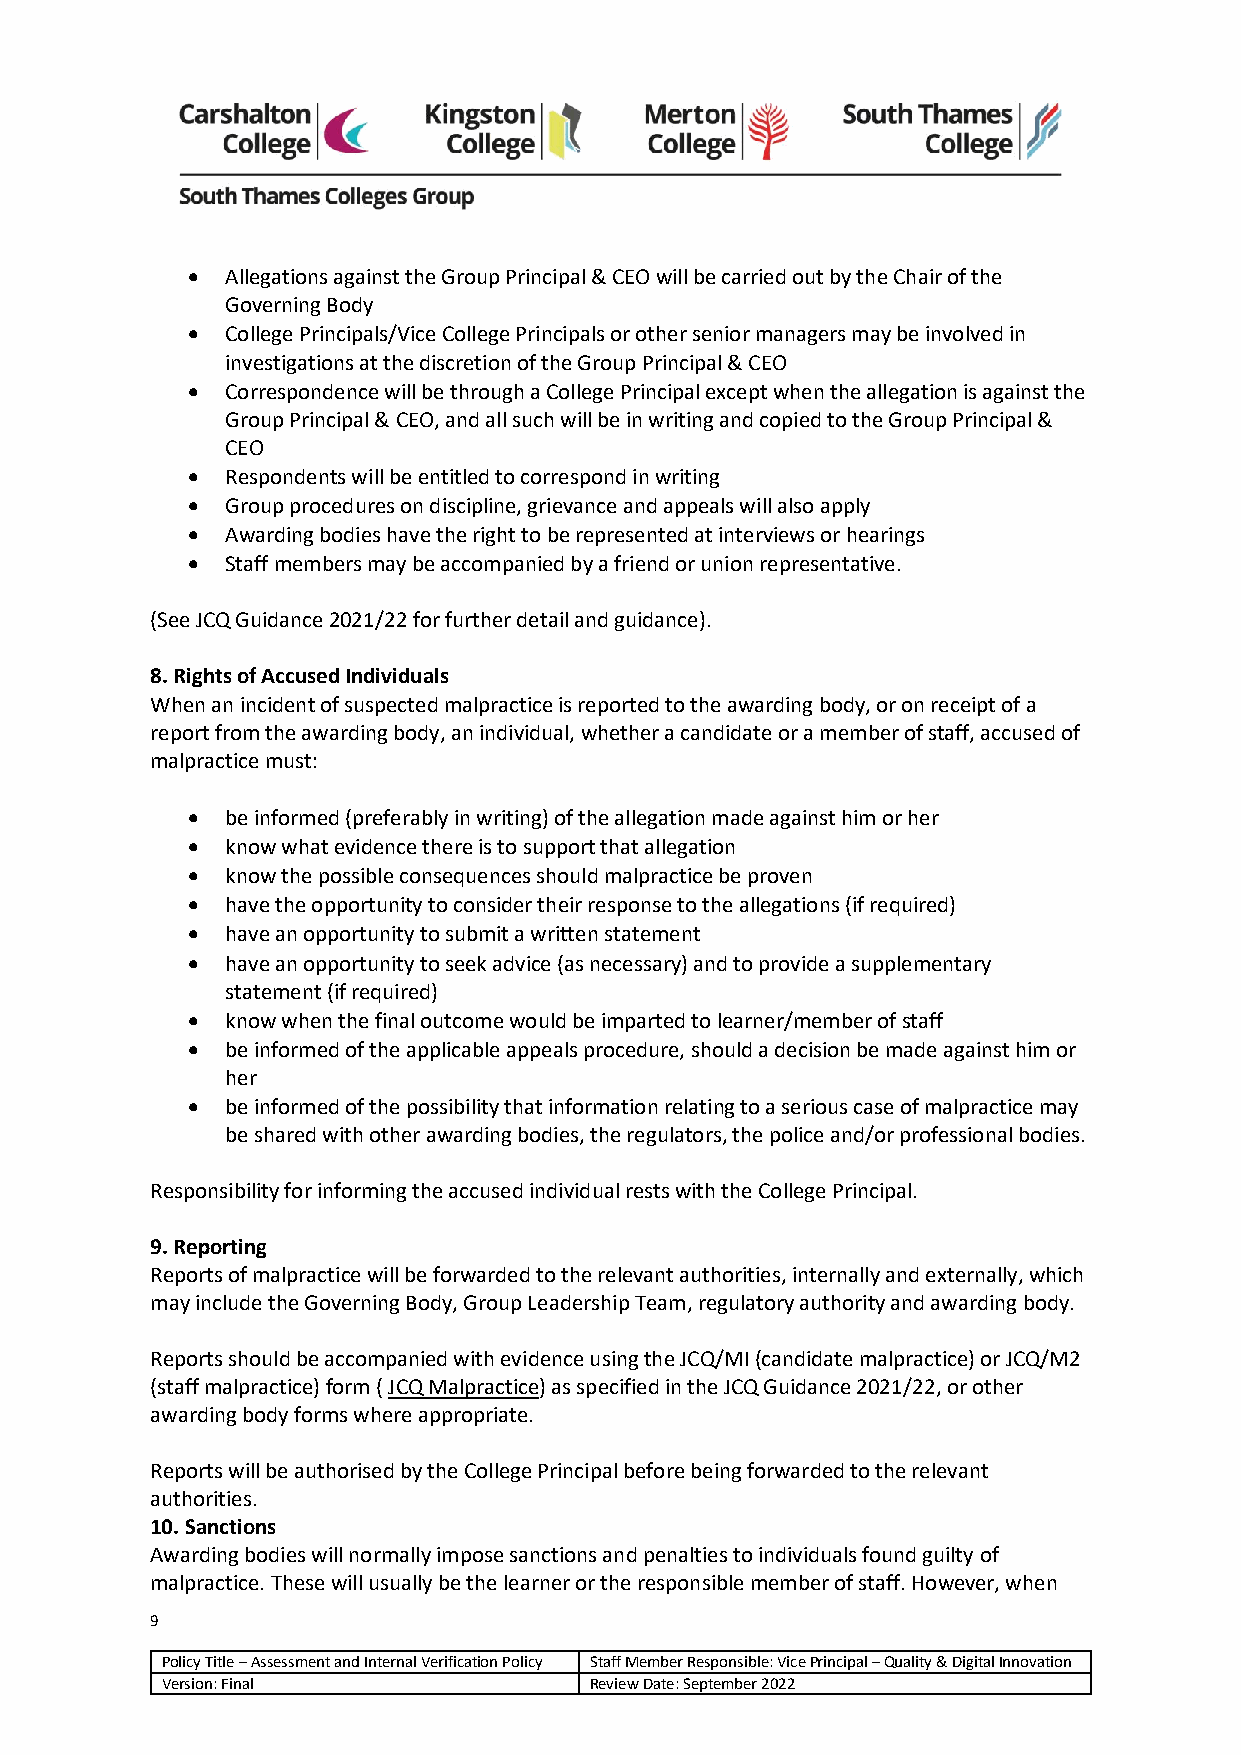
•  Allegations against the Group Principal & CEO will be carried out by the Chair of the
 Governing Body
 •  College Principals/Vice College Principals or other senior managers may be involved in
 investigations at the discretion of the Group Principal & CEO
 •  Correspondence will be through a College Principal except when the allegation is against the
 Group Principal & CEO, and all such will be in writing and copied to the Group Principal &
 CEO
 •  Respondents will be entitled to correspond in writing
 •  Group procedures on discipline, grievance and appeals will also apply
 •  Awarding bodies have the right to be represented at interviews or hearings
 •  Staff members may be accompanied by a friend or union representative.
 (See JCQ Guidance 2021/22 for further detail and guidance).
 8. Rights of Accused Individuals
 When an incident of suspected malpractice is reported to the awarding body, or on receipt of a
 report from the awarding body, an individual, whether a candidate or a member of staff, accused of
 malpractice must:
 •  be informed (preferably in writing) of the allegation made against him or her
 •  know what evidence there is to support that allegation
 •  know the possible consequences should malpractice be proven
 •  have the opportunity to consider their response to the allegations (if required)
 •  have an opportunity to submit a written statement
 •  have an opportunity to seek advice (as necessary) and to provide a supplementary
 statement (if required)
 •  know when the final outcome would be imparted to learner/member of staff
 •  be informed of the applicable appeals procedure, should a decision be made against him or
 her
 •  be informed of the possibility that information relating to a serious case of malpractice may
 be shared with other awarding bodies, the regulators, the police and/or professional bodies.
 Responsibility for informing the accused individual rests with the College Principal.
 9. Reporting
 Reports of malpractice will be forwarded to the relevant authorities, internally and externally, which
 may include the Governing Body, Group Leadership Team, regulatory authority and awarding body.
 Reports should be accompanied with evidence using the JCQ/MI (candidate malpractice) or JCQ/M2
 (staff malpractice) form ( JCQ Malpractice) as specified in the JCQ Guidance 2021/22, or other
 awarding body forms where appropriate.
 Reports will be authorised by the College Principal before being forwarded to the relevant
 authorities.
 10. Sanctions
 Awarding bodies will normally impose sanctions and penalties to individuals found guilty of
 malpractice. These will usually be the learner or the responsible member of staff. However, when
 9
 Policy Title – Assessment and Internal Verification Policy Staff Member Responsible: Vice Principal – Quality & Digital Innovation
 Version: Final              Review Date: September 2022